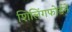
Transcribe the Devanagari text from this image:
शिलिंगफोर्डने